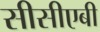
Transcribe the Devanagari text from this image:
सीसीएबी